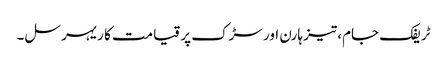
ٹریفک جام، تیز ہارن اور سڑک پر قیامت کا ریہرسل۔